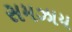
સમઝાય